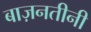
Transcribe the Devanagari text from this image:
बाज़नतीनी